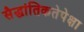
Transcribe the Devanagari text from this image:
सैद्धांतिकतेपेक्षा